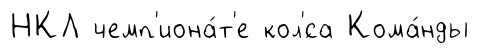
НКЛ чемп'иона́т'е кол'́са Кома́нды